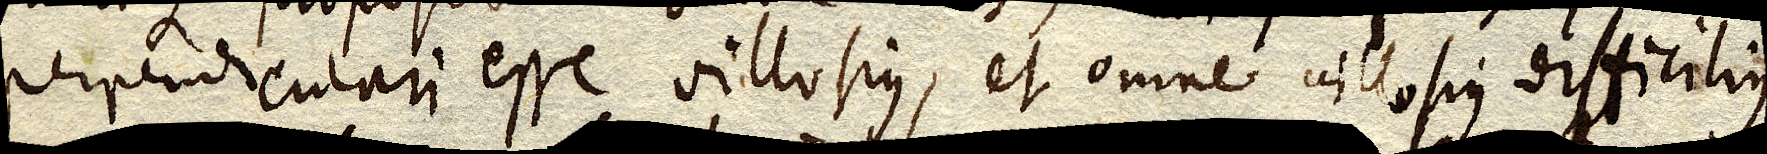
perpendiculari esse villosius, et omne villosius difficilius